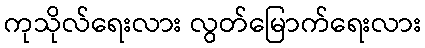
ကုသိုလ်ရေးလား လွတ်မြောက်ရေးလား